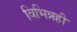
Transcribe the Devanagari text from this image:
विभिन्नही